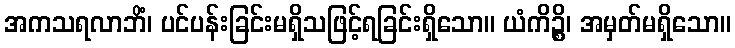
အကသရလာဘိံ၊ ပင်ပန်းခြင်းမရှိသဖြင့်ရခြင်းရှိသော။ ယံကိဉ္စိ၊ အမှတ်မရှိသော။